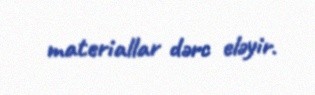
materiallar dərc eləyir.